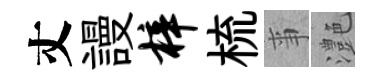
丈謾梓梳亊灔